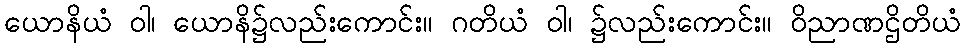
ယောနိယံ ဝါ၊ ယောနိ၌လည်းကောင်း။ ဂတိယံ ဝါ၊ ၌လည်းကောင်း။ ဝိညာဏဌိတိယံ